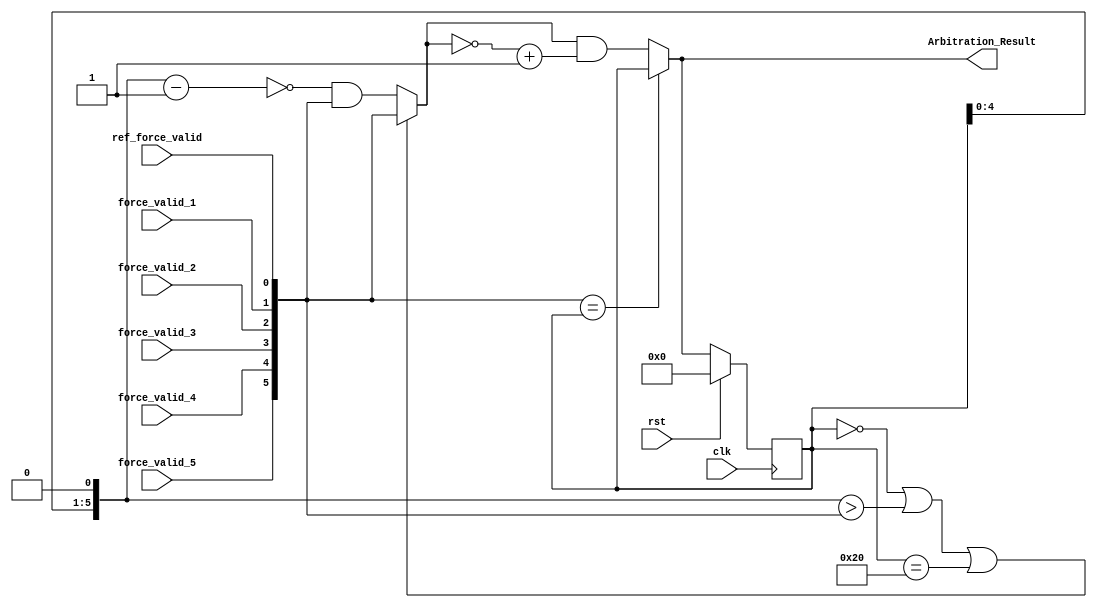
module Force_Writeback_Arbiter
#(
	parameter FORCE_WTADDR_ARBITER_SIZE		= 6,
	parameter FORCE_WTADDR_ARBITER_MSB		= 32
)
(
	input clk, 
	input rst, 
	input ref_force_valid,
	input force_valid_1,
	input force_valid_2,
	input force_valid_3,
	input force_valid_4,
	input force_valid_5,
	
	output [FORCE_WTADDR_ARBITER_SIZE-1:0] Arbitration_Result
);

wire [FORCE_WTADDR_ARBITER_SIZE-1:0] enable;


assign enable = {force_valid_5, force_valid_4, force_valid_3, force_valid_2, force_valid_1, ref_force_valid};

reg [FORCE_WTADDR_ARBITER_SIZE-1:0] prev_arbitration_result;
wire [FORCE_WTADDR_ARBITER_SIZE-1:0] arbitration_step1;
wire [FORCE_WTADDR_ARBITER_SIZE-1:0] arbitration_step2;
wire [FORCE_WTADDR_ARBITER_SIZE-1:0] arbitration_step3;
wire [FORCE_WTADDR_ARBITER_SIZE-1:0] arbitration_step4;
wire [FORCE_WTADDR_ARBITER_SIZE-1:0] arbitration_result_tmp;
assign arbitration_step1 = (prev_arbitration_result << 1) - 1'b1;
assign arbitration_step2 = ~arbitration_step1;
assign arbitration_step3 = (prev_arbitration_result == 0 || ((prev_arbitration_result << 1) > enable) || prev_arbitration_result == FORCE_WTADDR_ARBITER_MSB) ? enable : (arbitration_step2 & enable);
assign arbitration_step4 = ~arbitration_step3 + 1'b1;

// step5 is just the temp result in Fitter_Arbiter
assign arbitration_result_tmp = arbitration_step3 & arbitration_step4;

// If all addresses are the same, everyone is happy
assign Arbitration_Result = (enable == prev_arbitration_result) ? prev_arbitration_result : arbitration_result_tmp;

always@(posedge clk)
	if (rst)
		begin
		prev_arbitration_result <= 0;
		end
	else
		begin
		prev_arbitration_result <= Arbitration_Result;
		end
		
endmodule